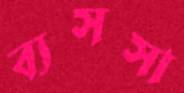
ব্যসসা